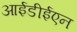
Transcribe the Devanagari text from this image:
आईडीईएन